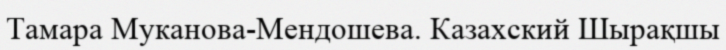
Тамара Муканова-Мендошева. Казахский Шырақшы